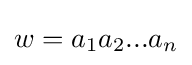
w=a_{1}a_{2}...a_{n}